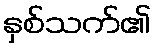
နှစ်သက်၏